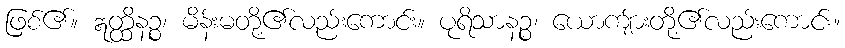
ဖြစ်၏။ ဣတ္ထိနဉ္စ၊ မိန်းမတို့၏လည်းကောင်း။ ပုရိသာနဉ္စ၊ ယောကျ်ားတို့၏လည်းကောင်း။